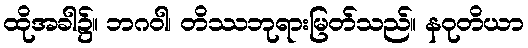
ထိုအခါ၌။ ဘဂဝါ၊ တိဿဘုရားမြတ်သည်။ နဝုတိယာ